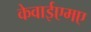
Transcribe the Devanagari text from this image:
केवाईएमए